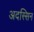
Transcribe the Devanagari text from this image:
अदस्सिन